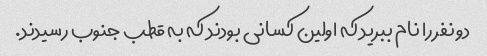
دو نفر را نام ببرید که اولین کسانی بودند که به قطب جنوب رسیدند.